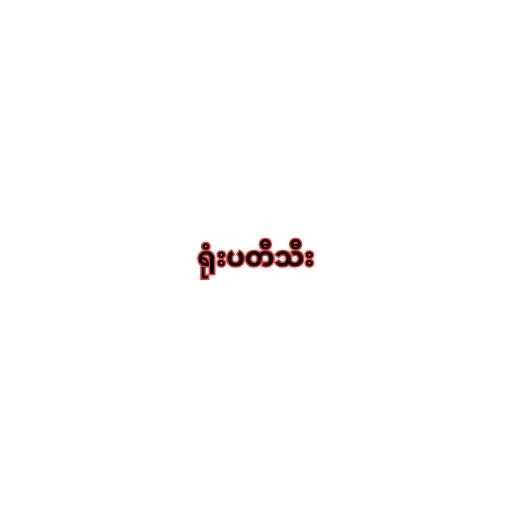
ရုံးပတီသီး